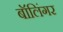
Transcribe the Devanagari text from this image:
बॉलिंगर